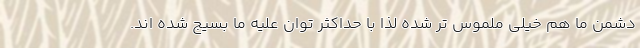
دشمن ما هم خیلی ملموس تر شده لذا با حداکثر توان علیه ما بسیج شده اند.